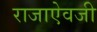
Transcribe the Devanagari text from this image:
राजाएेवजी